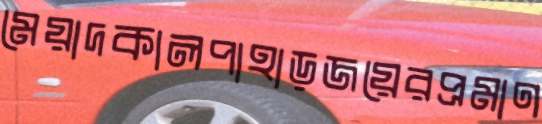
মেয়াদকালপাহাড়জয়েরপ্রমাণ